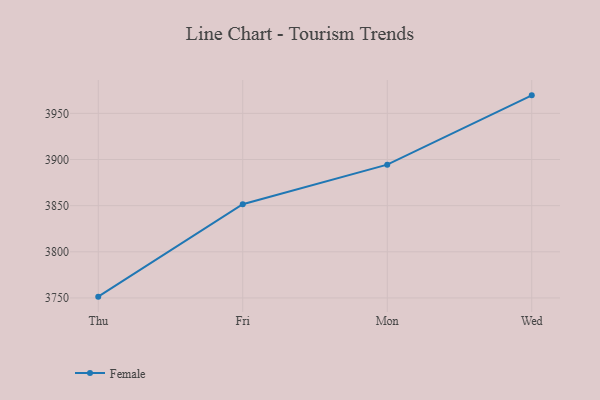
{"axis": {"x": "Day", "y": "Market Share (%)"}, "legend": ["Female"], "data": [{"x": "Thu", "y": 3751.4, "type": "Female"}, {"x": "Fri", "y": 3851.5, "type": "Female"}, {"x": "Mon", "y": 3894.4, "type": "Female"}, {"x": "Wed", "y": 3969.5, "type": "Female"}]}